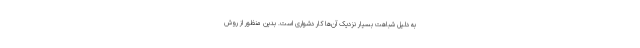
به دلیل شباهت بسیار نزدیک آن‌ها کار دشواری است. بدین منظور از روش